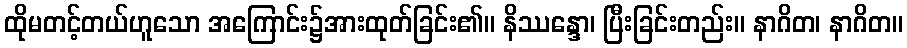
ထိုမတင့်တယ်ဟူသော အကြောင်း၌အားထုတ်ခြင်း၏။ နိဿန္ဒော၊ ပြီးခြင်းတည်း။ နာဂိတ၊ နာဂိတ။